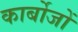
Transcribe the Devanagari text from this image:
कार्बोजों